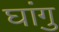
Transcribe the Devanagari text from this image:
घांगु